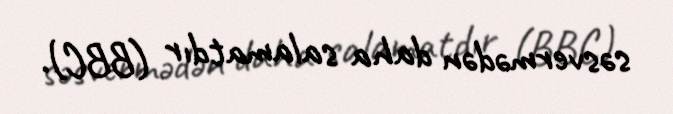
səsvermədən daha salamatdır (BBC).